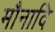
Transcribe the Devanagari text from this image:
मौनादि